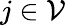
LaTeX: j\in\mathcal V